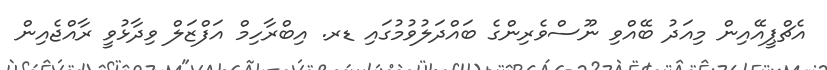
އެޗްޕީއޭއިން މިއަދު ބޭއްވި ނޫސްވެރިންގެ ބައްދަލުވުމުގައި ޑރ. އިބްރާހިމް އަފްޒަލް ވިދާޅުވީ ރާއްޖެއިން